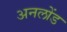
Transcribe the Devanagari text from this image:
अनलोंड